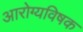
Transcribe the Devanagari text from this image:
आरोग्यविषक